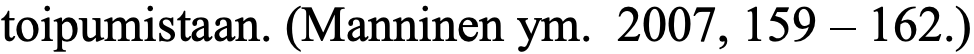
toipumistaan. (Manninen ym. 2007, 159 – 162.)